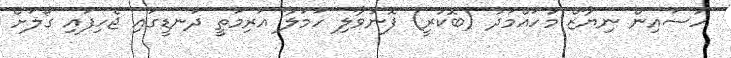
ހުސައިން ނިޔާޒް މުހައްމަދު (ބޮކުރީ) ފޮނުވާލި ހަމަލާ އަރިމަތީ ދަނޑީގައި ޖެހިފައި ގޯލަށް